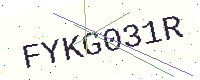
Text: FYKG031R